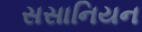
સસાનિયન